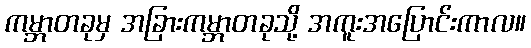
ကမ္ဘာတခုမှ အခြားကမ္ဘာတခုသို့ အကူးအပြောင်းကာလ။